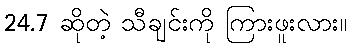
24.7 ဆိုတဲ့ သီချင်းကို ကြားဖူးလား။